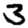
Digit: 3